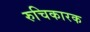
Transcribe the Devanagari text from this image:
रुचिकारक